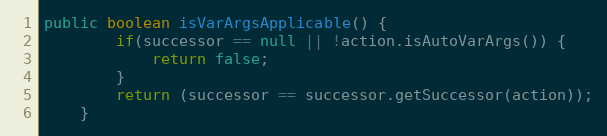
Language: Java
public boolean isVarArgsApplicable() {
		if(successor == null || !action.isAutoVarArgs()) {
			return false;
		}
		return (successor == successor.getSuccessor(action));
	}